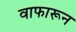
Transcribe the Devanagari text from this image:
वाफारून